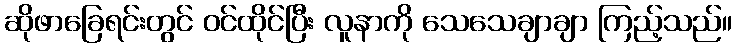
ဆိုဖာခြေရင်းတွင် ဝင်ထိုင်ပြီး လူနာကို သေသေချာချာ ကြည့်သည်။